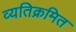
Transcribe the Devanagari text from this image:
व्यतिक्रमित